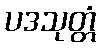
ပဒသုတ္တံ